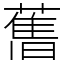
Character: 𦾔